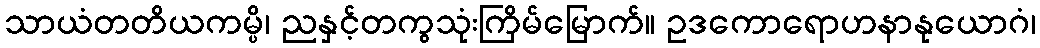
သာယံတတိယကမ္ပိ၊ ညနှင့်တကွသုံးကြိမ်မြောက်။ ဥဒကောရောဟနာနုယောဂံ၊